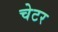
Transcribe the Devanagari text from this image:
चेटर